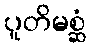
ပူတိမစ္ဆံ